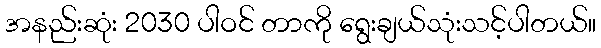
အနည်းဆုံး 2030 ပါဝင် တာကို ရွေးချယ်သုံးသင့်ပါတယ်။